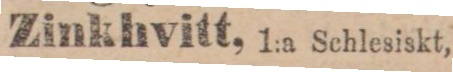
Zinkhvitt, 1:a Schlesiskt,